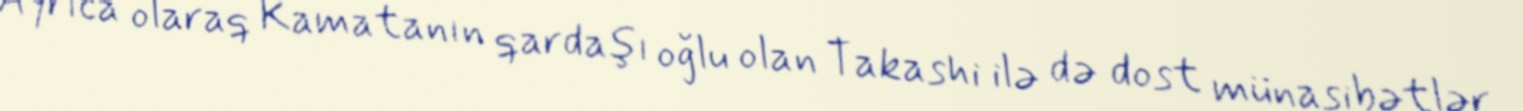
Ayrıca olaraq Kamatanın qardaşı oğlu olan Takashi ilə də dost münasibətlər